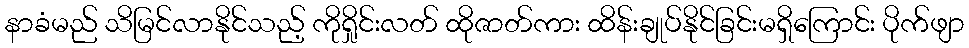
နာခံမည် သိမြင်လာနိုင်သည့် ကိုရှိုင်းလတ် ထိုဇာတ်ကား ထိန်းချုပ်နိုင်ခြင်းမရှိကြောင်း ပိုက်ဖျာ